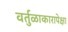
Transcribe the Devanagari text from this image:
वर्तुळाकारापेक्षा